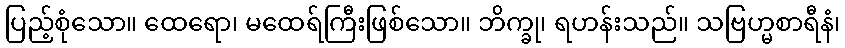
ပြည့်စုံသော။ ထေရော၊ မထေရ်ကြီးဖြစ်သော။ ဘိက္ခု၊ ရဟန်းသည်။ သဗြဟ္မစာရီနံ၊